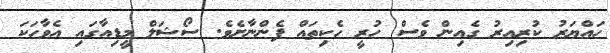
ހައްޔަރު ކުރިއިރު ގެއިން ވެސް ހުރީ ހެކިތައް ފެންނާށެވެ. ސޯޝަލް މީޑިއާގައި އެވާހަކަ